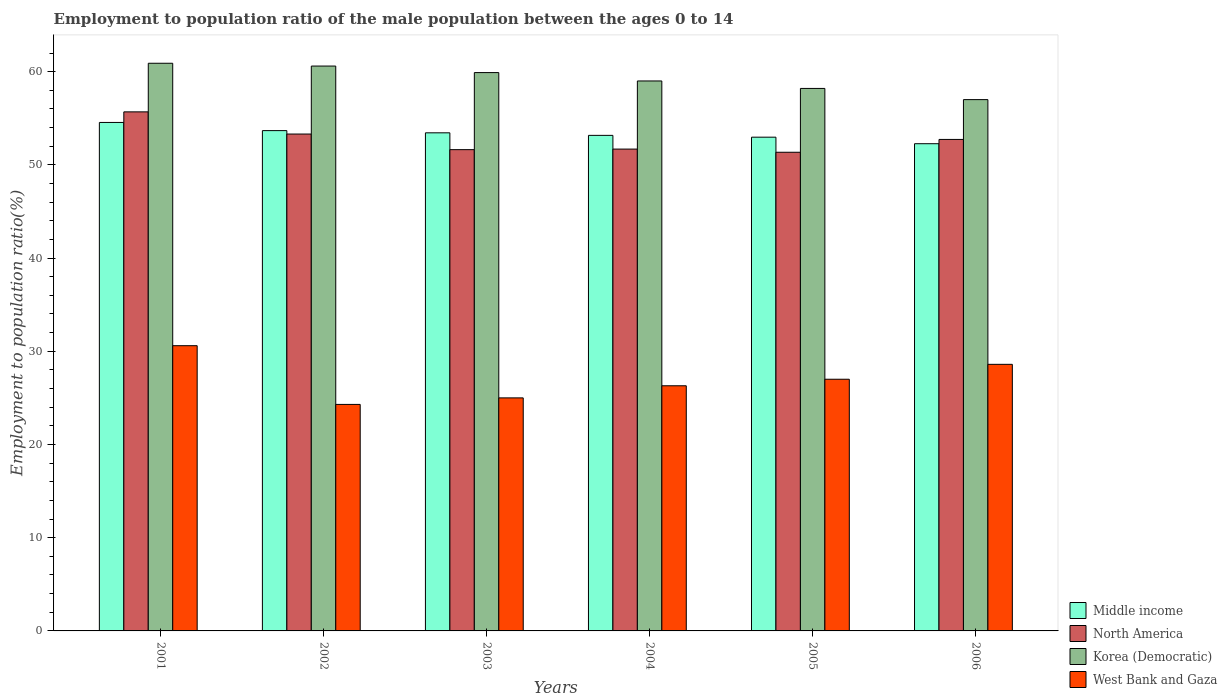
| Years | Middle income | North America | Korea (Democratic) | West Bank and Gaza |
 | --- | --- | --- | --- | --- |
 | 2001 | 54.6 | 55.7 | 60.9 | 30.6 |
 | 2002 | 53.7 | 53.3 | 60.6 | 24.3 |
 | 2003 | 53.4 | 51.6 | 59.9 | 25 |
 | 2004 | 53.2 | 51.7 | 59 | 26.3 |
 | 2005 | 53 | 51.4 | 58.2 | 27 |
 | 2006 | 52.3 | 52.7 | 57 | 28.6 |